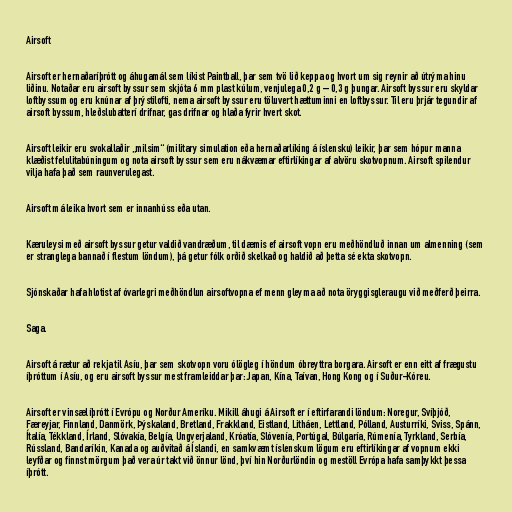
Airsoft

Airsoft er hernaðaríþrótt og áhugamál sem líkist Paintball, þar sem tvö lið keppa og hvort um sig reynir að útrýma hinu
liðinu. Notaðar eru airsoft byssur sem skjóta 6 mm plast kúlum, venjulega 0,2 g – 0,3 g þungar. Airsoft byssur eru skyldar
loftbyssum og eru knúnar af þrýstilofti, nema airsoft byssur eru töluvert hættuminni en loftbyssur. Til eru þrjár tegundir af
airsoft byssum, hleðslubatterí drifnar, gas drifnar og hlaða fyrir hvert skot.

Airsoft leikir eru svokallaðir „milsim“ (military simulation eða hernaðarlíking á íslensku) leikir, þar sem hópur manna
klæðist felulitabúningum og nota airsoft byssur sem eru nákvæmar eftirlíkingar af alvöru skotvopnum. Airsoft spilendur
vilja hafa það sem raunverulegast.

Airsoft má leika hvort sem er innanhúss eða utan.

Kæruleysi með airsoft byssur getur valdið vandræðum, til dæmis ef airsoft vopn eru meðhöndluð innan um almenning (sem
er stranglega bannað í flestum löndum), þá getur fólk orðið skelkað og haldið að þetta sé ekta skotvopn.

Sjónskaðar hafa hlotist af óvarlegri meðhöndlun airsoftvopna ef menn gleyma að nota öryggisgleraugu við meðferð þeirra.

Saga.

Airsoft á rætur að rekja til Asíu, þar sem skotvopn voru ólögleg í höndum óbreyttra borgara. Airsoft er enn eitt af frægustu
íþróttum í Asíu, og eru airsoft byssur mest framleiddar þar: Japan, Kína, Taívan, Hong Kong og í Suður-Kóreu.

Airsoft er vinsæl íþrótt í Evrópu og Norður Ameríku. Mikill áhugi á Airsoft er í eftirfarandi löndum: Noregur, Svíþjóð,
Færeyjar, Finnland, Danmörk, Þýskaland, Bretland, Frakkland, Eistland, Litháen, Lettland, Pólland, Austurríki, Sviss, Spánn,
Ítalía, Tékkland, Írland, Slóvakía, Belgía, Ungverjaland, Króatía, Slóvenía, Portúgal, Búlgaría, Rúmenía, Tyrkland, Serbía,
Rússland, Bandaríkin, Kanada og auðvitað á Íslandi, en samkvæmt íslenskum lögum eru eftirlíkingar af vopnum ekki
leyfðar og finnst mörgum það vera úr takt við önnur lönd, því hin Norðurlöndin og mestöll Evrópa hafa samþykkt þessa
íþrótt.